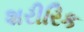
શરીરિક